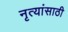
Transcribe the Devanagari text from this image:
नृत्यांसाठी